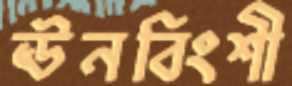
ঊনবিংশী